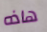
هاذه